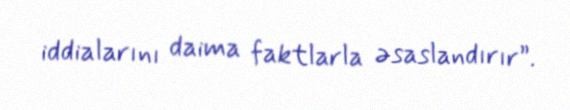
iddialarını daima faktlarla əsaslandırır”.